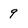
Character: 9